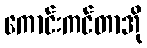
ကောင်းကင်တာအို